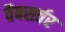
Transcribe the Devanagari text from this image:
वैबसर्वर